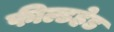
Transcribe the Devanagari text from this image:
फील्डहेड